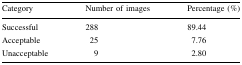
| Category | Number of images | Percentage (%) |
 | --- | --- | --- |
 | Successful | 288 | 89.44 |
 | Acceptable | 25 | 7.76 |
 | Unacceptable | 9 | 2.80 |